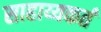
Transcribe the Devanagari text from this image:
साहाय्यकर्तं